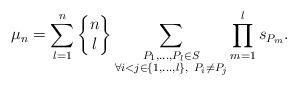
LaTeX: \begin{align*} \mu_{n} = \sum_{l=1}^n \begin{Bmatrix} n \\ l \end{Bmatrix} \sum_{\substack{P_1, \dots, P_{l}\in S \\ \forall i<j \in \{1, \dots, l\}, \ P_i \neq P_j}} \prod\limits_{m=1}^{l} s_{P_m}. \end{align*}